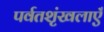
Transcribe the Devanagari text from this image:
पर्वतशृंखलाएँ